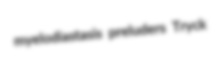
myelodiastasis preluders Tryck